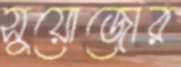
সুয়োজোর